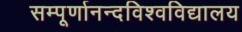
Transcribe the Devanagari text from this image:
सम्पूर्णानन्दविश्वविद्यालय